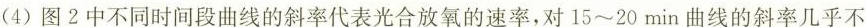
(4)图2中不同时间段曲线的斜率代表光合放氧的速率，对15~20min曲线的斜率几乎不